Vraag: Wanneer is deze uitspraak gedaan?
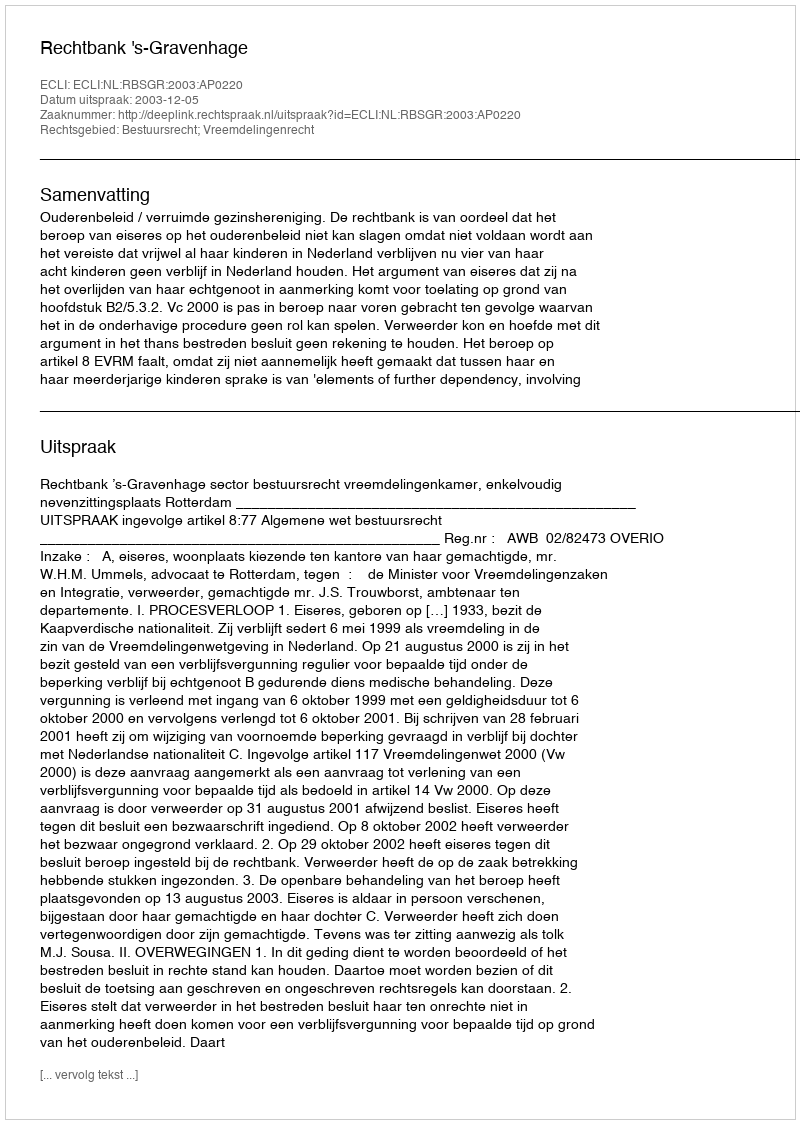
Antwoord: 2003-12-05